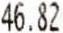
46.82